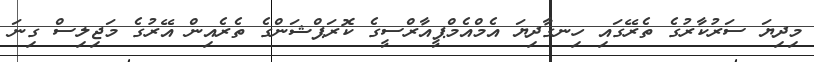
މިދިޔަ ސަރުކާރުގެ ތެރޭގައި ހިނގާދިޔަ އެމްއެމްޕީއާރްސީގެ ކޮރަޕްޝަންގެ ތެރެއިން އޭރުގެ މަޖިލިސް ގިނަ